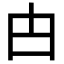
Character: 甴